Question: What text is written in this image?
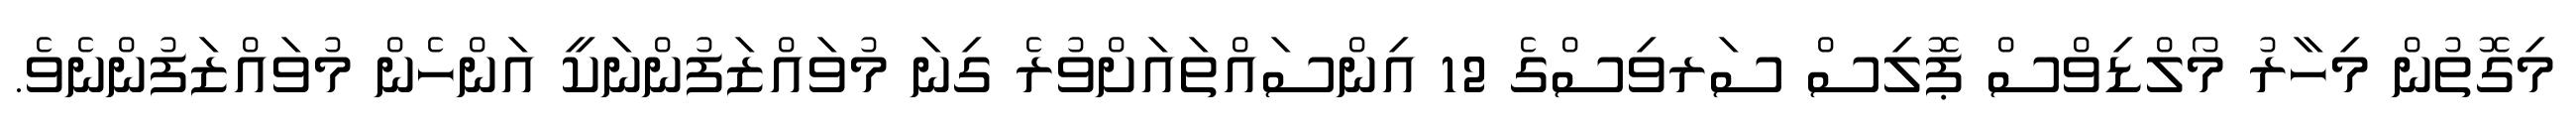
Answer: މިގޮތުން މިހާރު މޯލްޑިވްސް ޕޮލިސް ސަރވިސްގެ 12 އިންސައްތައަށްވުރެ ގިނަ މުވައްޒަފުންނަކީ އަންހެން މުވައްޒަފުންނެވެ.